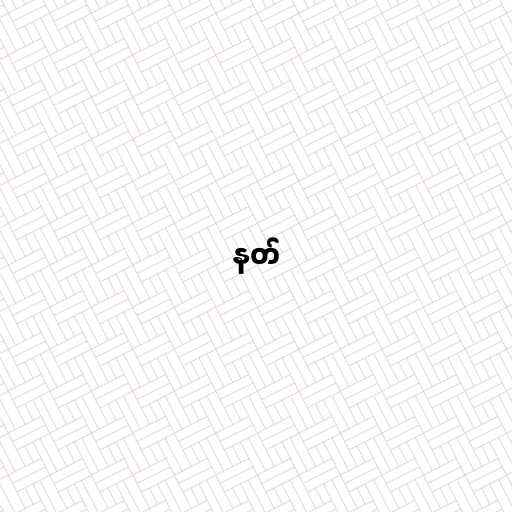
နတ်